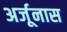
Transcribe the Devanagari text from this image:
अर्जूनास